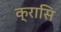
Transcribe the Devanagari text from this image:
क्रासि